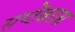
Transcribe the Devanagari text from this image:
सप्टेंबरास